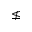
\nleq